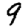
Digit: 9